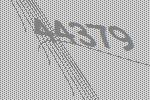
44379